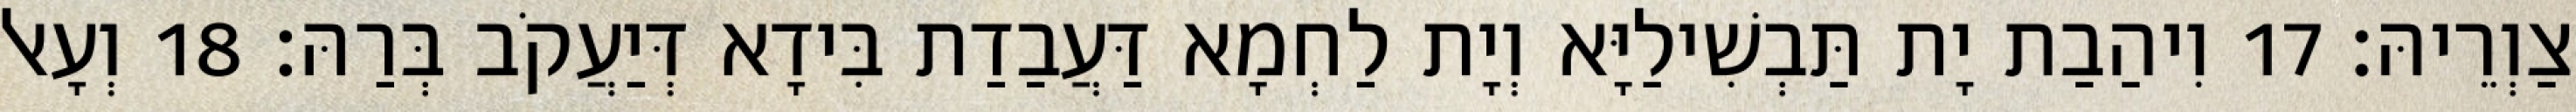
צַוְרֵיהּ׃ 17 וִיהַבַת יָת תַּבְשִׁילַיָּא וְיָת לַחְמָא דַּעֲבַדַת בִּידָא דְּיַעֲקֹב בְּרַהּ׃ 18 וְעָאל